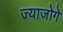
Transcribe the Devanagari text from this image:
ज्याजोगे